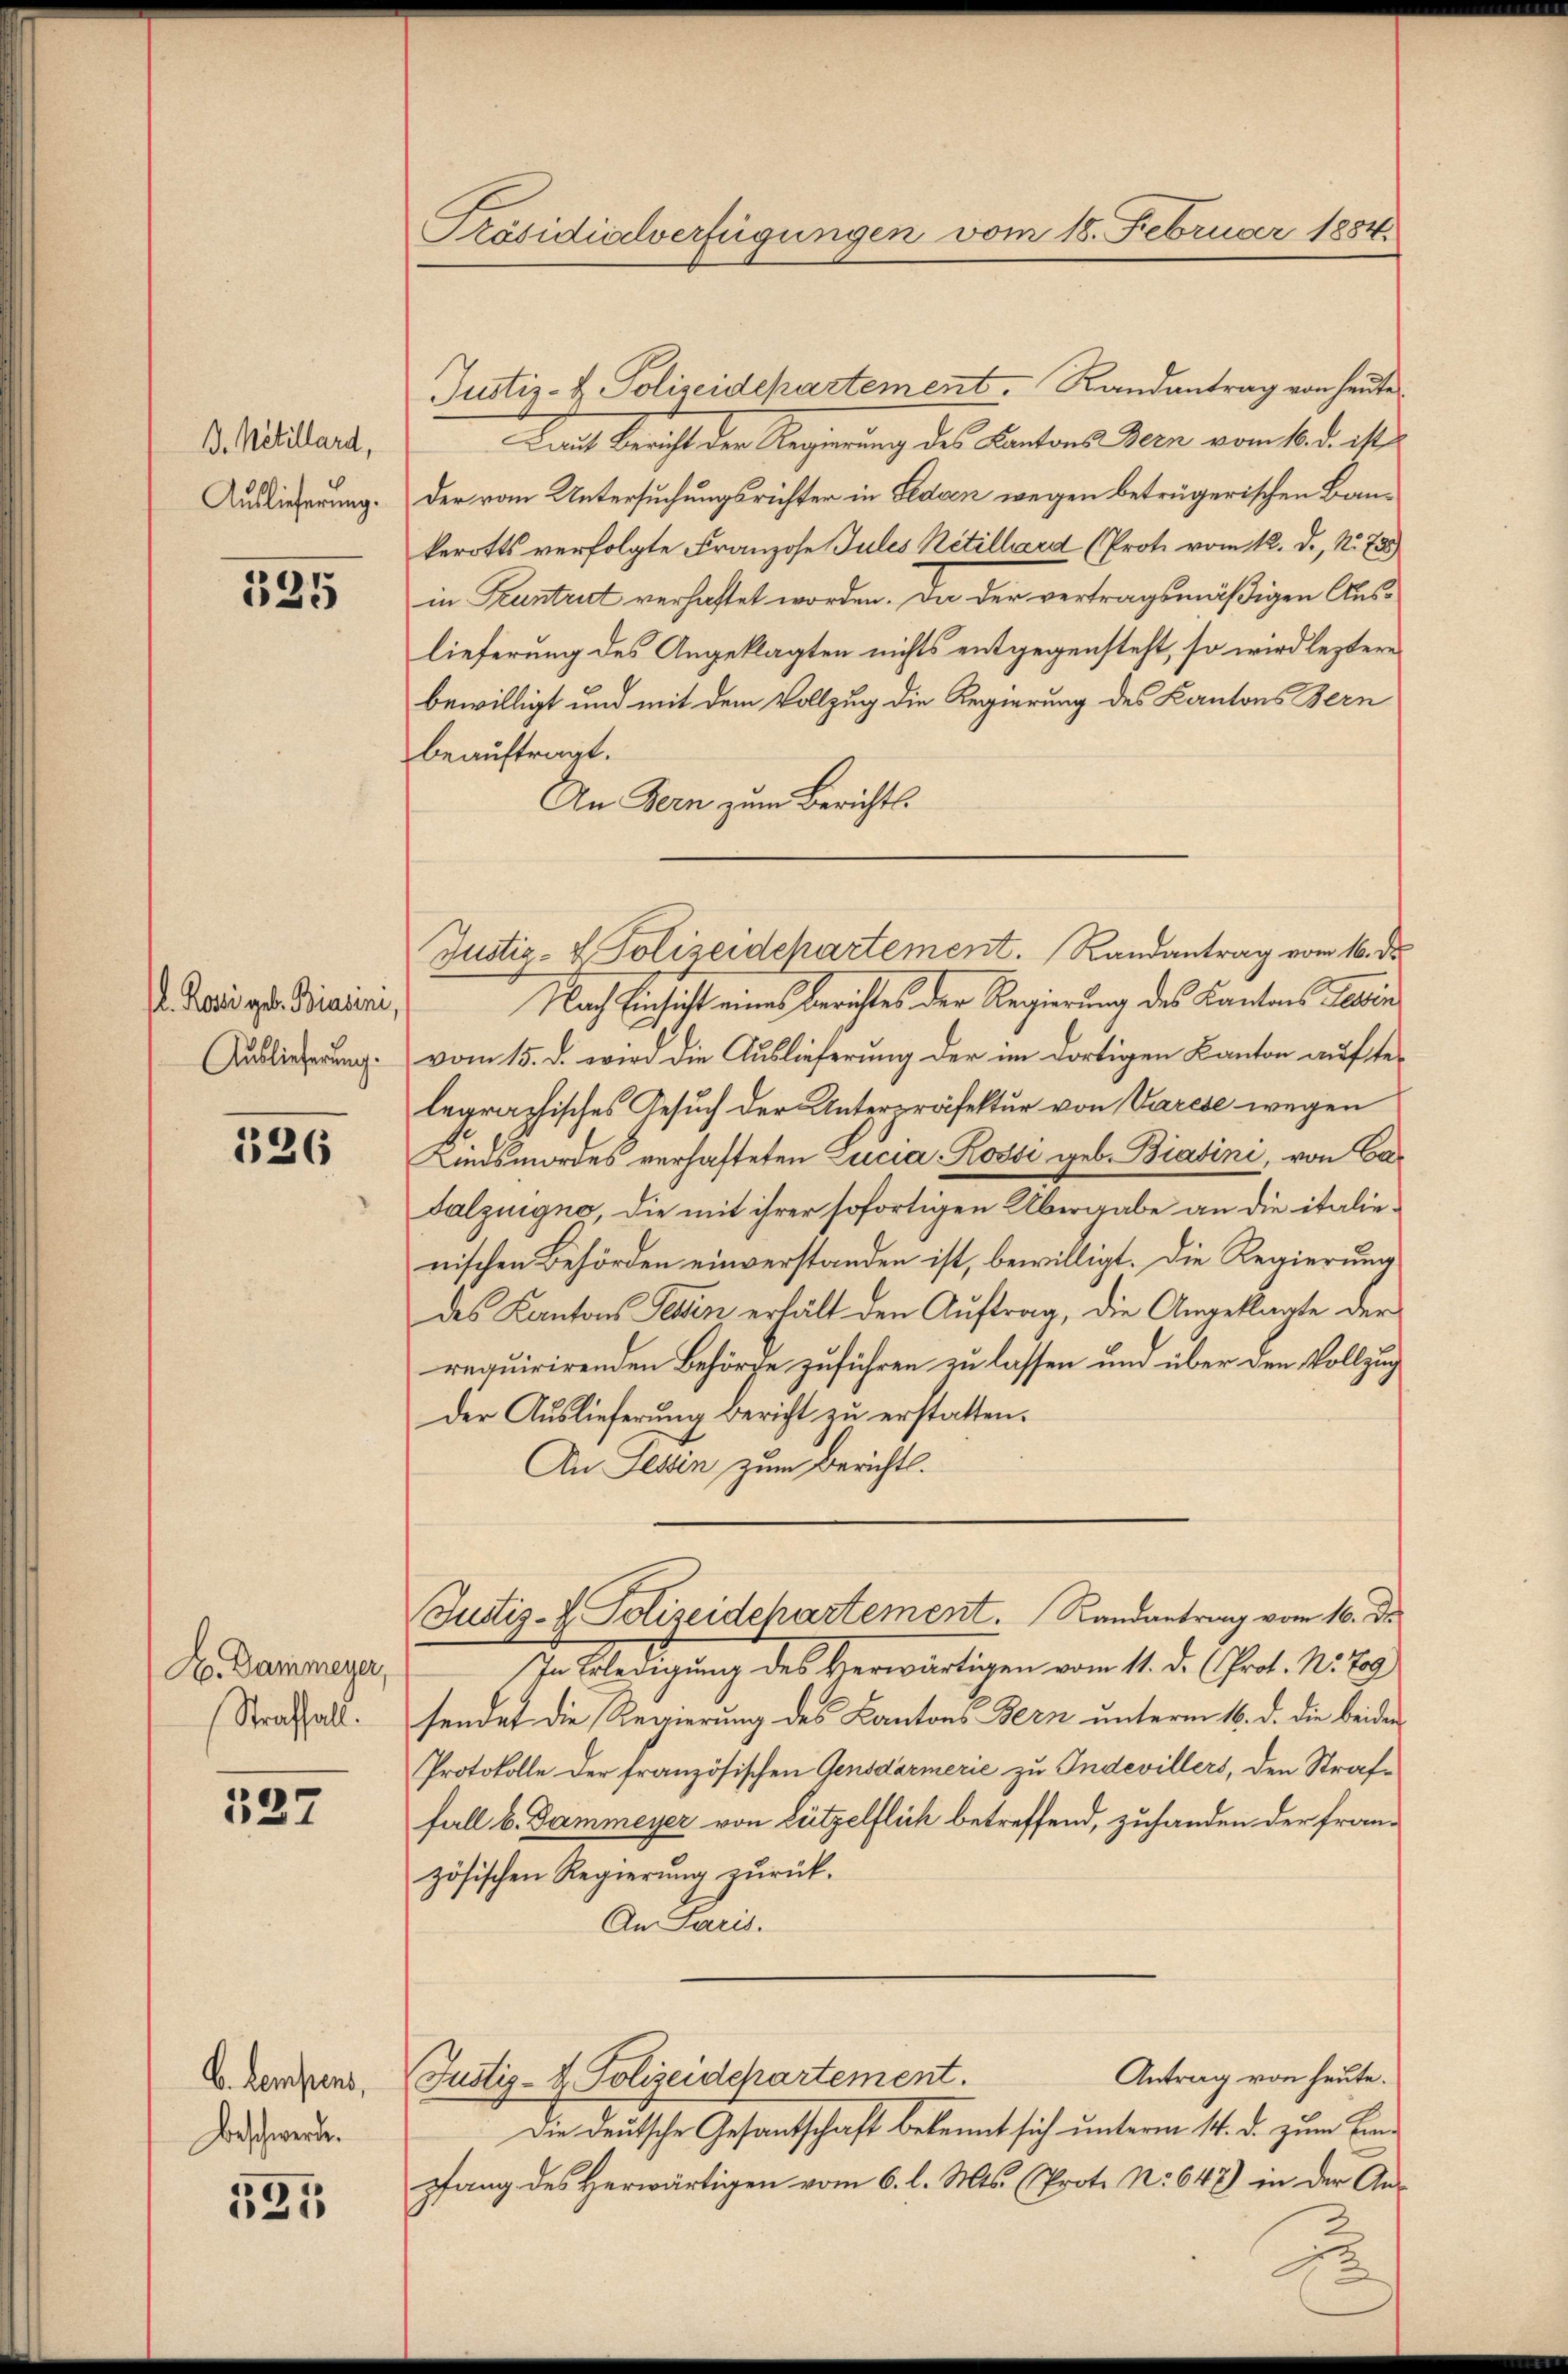
B. Mitillard,
Auslieferung.

325

. Rosi geb. Biasini
Auslieferung.

526

A. Dammeyer,
Straffall.

137

b. Kempens,
Beschwerde.

521

Präsidialverfügungen vom 18. Februar 1884.

Justiz- & Polizeidepartement. Randantrag von heute
Laut Bericht der Regierung des Kantons Bern vom 10. d. M.
Der vom Untersuchungsrichter in Beden wegen betrügerischen Baukerotts verfolgte Franzose Jules Rétilhard (Prote vom 12. d., N. 738
in Kuntrut verhaftet worden. Da der vertragsmäßigen Auslieferung des Angeklagten nichts entgegensteht, so wird leztere
bewilligt und mit dem Vollzug die Regierung des Kantons Bern
beauftragt.
An Bern zum Berichts-
Nach Einsicht eines Berichtes der Regierung des Kantons Fein
vom 15. d. wird die Auslieferung der im dortigen Kanton auftelegraphisches Gesuch der Unterpräfektur von Varese wegen
Kindsmordes verhafteten Lucia Rossi geb. Biatini, von Ca¬
Falzuigno, die mit ihrer sofortigen Übergabe an die italienischen Behörden einverstanden ist, bewilligt. Die Regierung
des Kantons Gelten erhält den Auftrag, die Angeklagte der
requirirenden Behörde zuführen zu lassen und über den Vollzug
Der Auslieferung Bericht zu erstatten.
An Tessin zum Bericht.
Justiz- & Polizeidchartement. Randantrag vom 16. ds.
In Erledigung des Verwärtigen vom 11. d. (Prot. N. 789
sendet die Regierung des Kantons Bern unterm 16. d. die beiden
Protokolle der französischen Gensdarmerie zu Indevillers, den Strafe
fall b. Dammeyer von Lützelflich betreffend, zuhanden der französischen Regierung zurück¬
An Paris.
Antrag von heute.
Justiz- & Polizeidepartement.
Die deutsche Gesantschaft bekannt sich unterm 14. d. zum Einpfang des Herwärtigen vom 6. l. Mts. (Proto No 647) in der An-

Justiz- & Polizeidepartement. Randantrag vom 16. d.